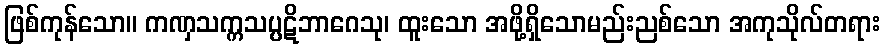
ဖြစ်ကုန်သော။ ကဏှသက္ကသပ္ပဋိဘာဂေသု၊ ထူးသော အဖို့ရှိသောမည်းညစ်သော အကုသိုလ်တရား